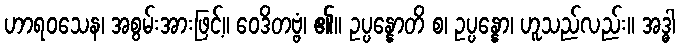
ဟာရဝသေန၊ အစွမ်းအားဖြင့်။ ဝေဒိတဗ္ဗံ၊ ၏။ ဥပ္ပန္နောတိ စ၊ ဥပ္ပန္နော၊ ဟူသည်လည်း။ အဒ္ဓါ